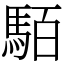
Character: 𩢷